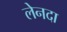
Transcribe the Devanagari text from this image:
लेनदा